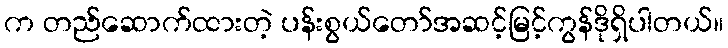
က တည်ဆောက်ထားတဲ့ ပန်းစွယ်တော်အဆင့်မြင့်ကွန်ဒိုရှိပါတယ်။